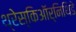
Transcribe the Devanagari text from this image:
थ्रेस्किऑर्निथिडे